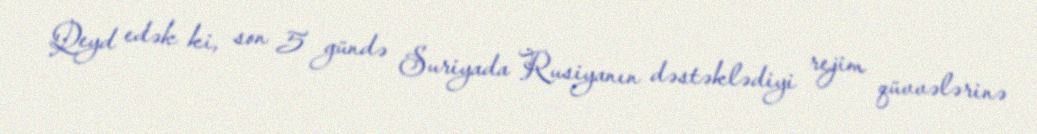
Qeyd edək ki, son 5 gündə Suriyada Rusiyanın dəstəklədiyi rejim qüvvələrinə